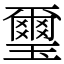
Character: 璽